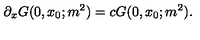
\partial _ { x } G ( 0 , x _ { 0 } ; m ^ { 2 } ) = c G ( 0 , x _ { 0 } ; m ^ { 2 } ) .